Annual administration report of the Civil Veterinary Department, Ajmere-Merwara, British Rajputana - 1914-1940
Year: 1914
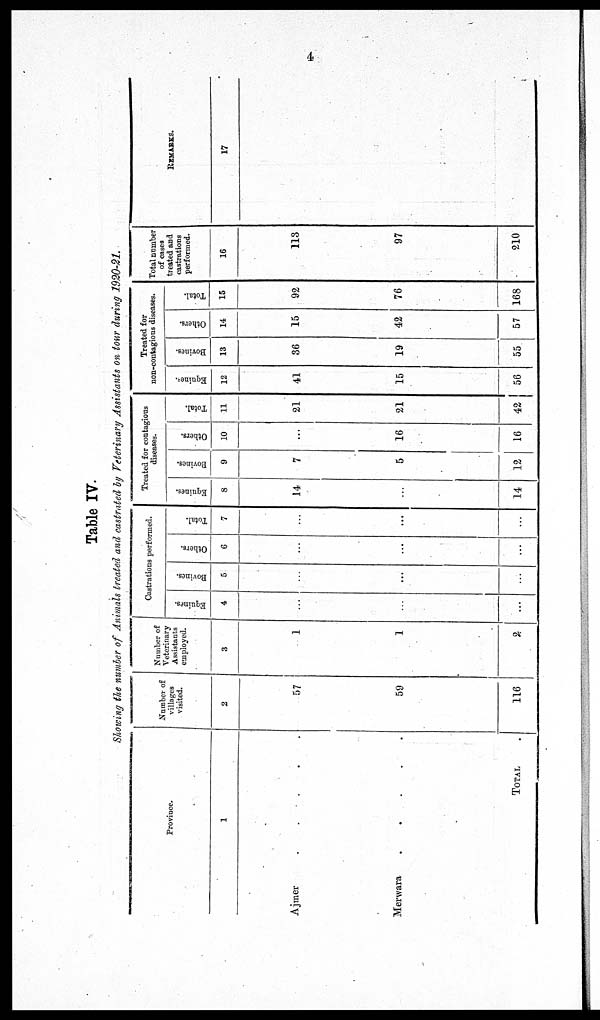
4
Table IV.
Showing the number of Animals treated and castrated by Veterinary Assistants on tour during 1920-21.
Province.
1
Ajmer
.
.
.
.
.
Merwara
.
.
.
.
.
TOTAL .
Number of
villages
visited.
2
57
59
116
Number of
Veterinary
Assistants
employed.
3
1
1
2
Castrations performed.
Equines.
4
...
...
...
Bovines.
5
...
...
...
Others.
6
...
...
...
Total.
7
...
...
...
Treated for contagious
diseases.
Equines.
8
14
...
14
Bovines.
9
7
5
12
Others.
10
...
16
16
Total.
11
21
21
42
Treated for
non-contagions diseases.
Equines.
12
41
15
56
Bovines.
13
36
19
55
Others.
14
15
42
57
Total.
15
92
76
168
Total number
of cases
treated and
castrations
performed.
16
113
97
210
REMARKS.
17